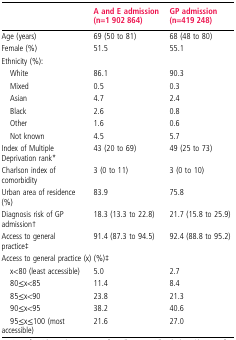
|  | A and E admission (n=1 902 864) | GP admission (n=419 248) |
 | --- | --- | --- |
 | Age (years) | 69 (50 to 81) | 68 (48 to 80) |
 | Female (%) | 51.5 | 55.1 |
 | <COLSPAN=3> Ethnicity (%): |
 | White | 86.1 | 90.3 |
 | Mixed | 0.5 | 0.3 |
 | Asian | 4.7 | 2.4 |
 | Black | 2.6 | 0.8 |
 | Other | 1.6 | 0.6 |
 | Not known | 4.5 | 5.7 |
 | Index of Multiple Deprivation rank* | 43 (20 to 69) | 49 (25 to 73) |
 | Charlson index of comorbidity | 3 (0 to 11) | 3 (0 to 10) |
 | Urban area of residence (%) | 83.9 | 75.8 |
 | Diagnosis risk of GP admission† | 18.3 (13.3 to 22.8) | 21.7 (15.8 to 25.9) |
 | Access to general practice‡ | 91.4 (87.3 to 94.5) | 92.4 (88.8 to 95.2) |
 | <COLSPAN=3> Access to general practice (x) (%)‡ |
 | x<80 (least accessible) | 5.0 | 2.7 |
 | 80≤x<85 | 11.4 | 8.4 |
 | 85≤x<90 | 23.8 | 21.3 |
 | 90≤x<95 | 38.2 | 40.6 |
 | 95≤x≤100 (most accessible) | 21.6 | 27.0 |